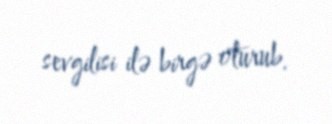
sevgilisi ilə birgə oturub.